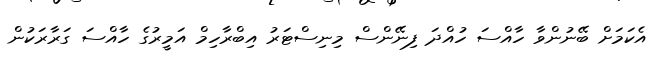
އެކަމަށް ބޭނުންވާ ހާއްސަ ހުއްދަ ފިނޭންސް މިނިސްޓަރު އިބްރާހިމް އަމީރުގެ ހާއްސަ ގަރާރަކުން